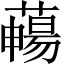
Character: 𦿄